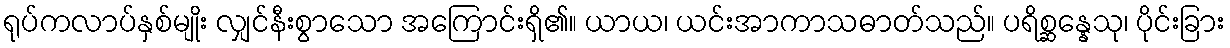
ရုပ်ကလာပ်နှစ်မျိုး လျှင်နီးစွာသော အကြောင်းရှိ၏။ ယာယ၊ ယင်းအာကာသဓာတ်သည်။ ပရိစ္ဆန္နေသု၊ ပိုင်းခြား